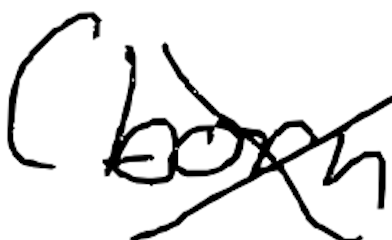
Text: (born
Cross-out: cross
Writing tool: digital_black